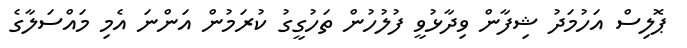
ޕޮލިސް އަހުމަދު ޝިފާން ވިދާޅުވީ ފުލުހުން ތަހުގީގު ކުރަމުން އަންނަ އެމި މައްސަލާގެ